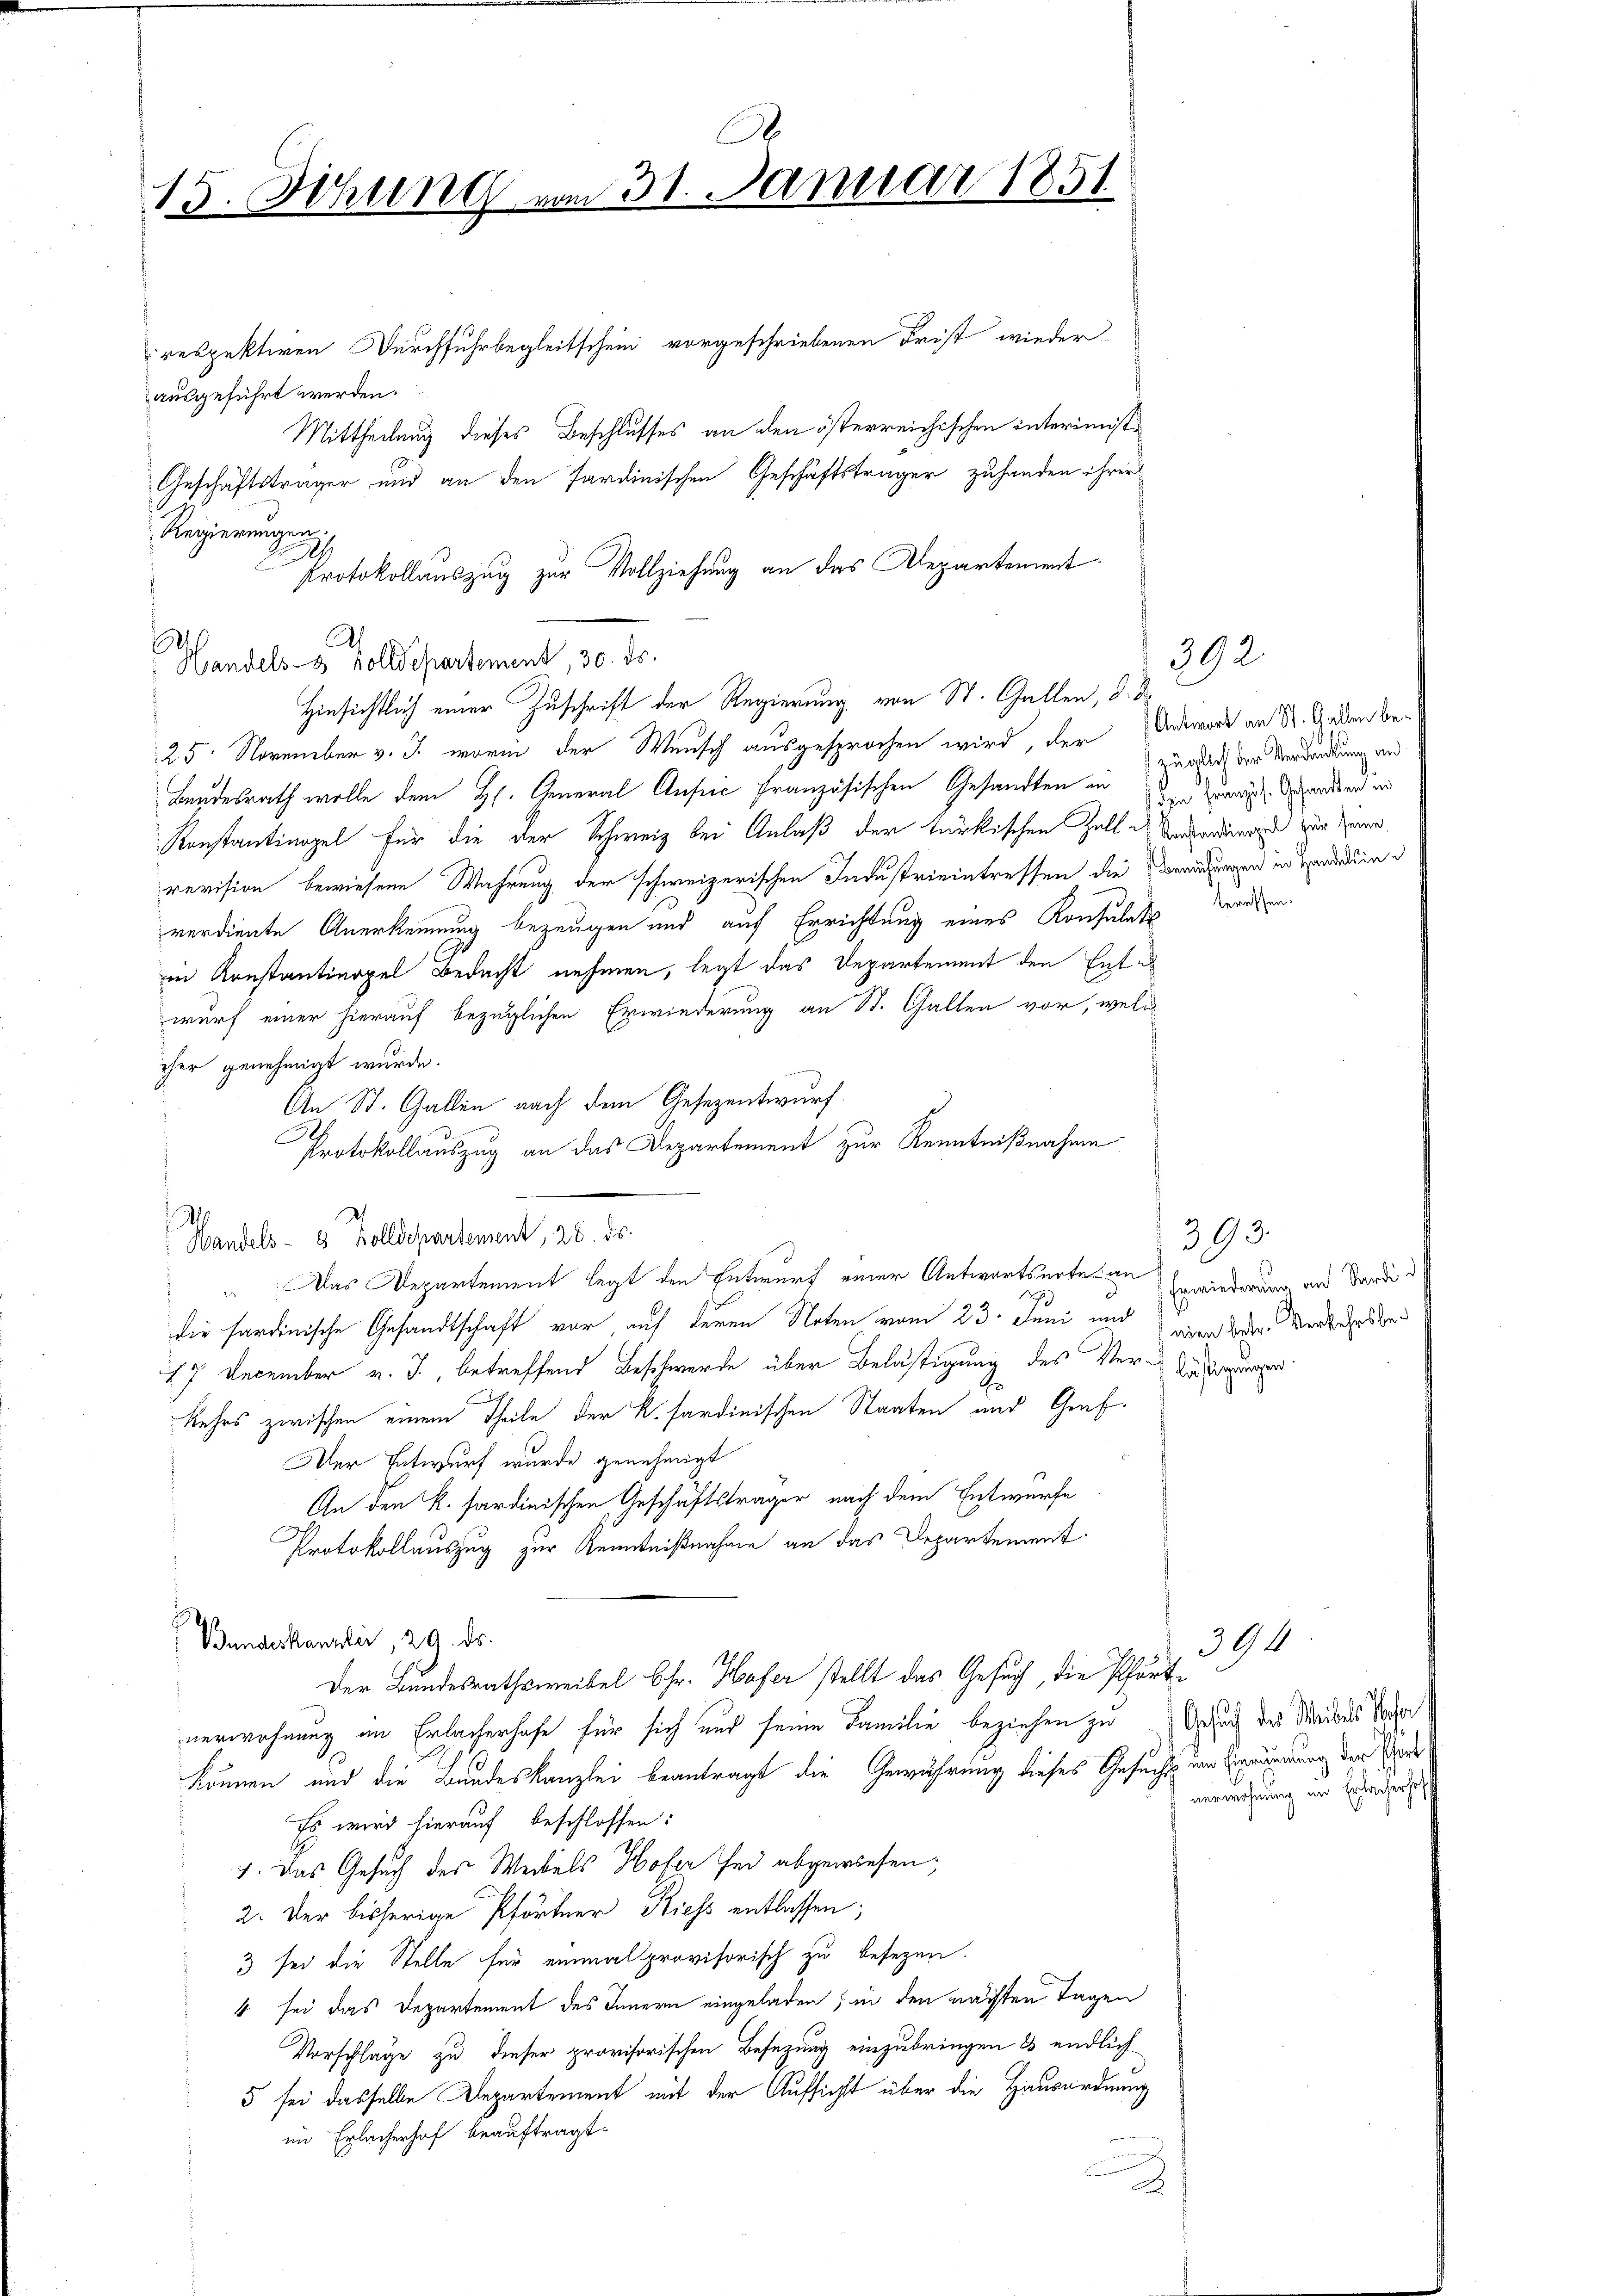
15. Sitzung

respektiven Durchfuhrbegleitschein vorgeschriebenen Frist wieder
ausgeführt werden.
Mittheilung dieses Beschlusses an den österreichischen interimiste
Geschäftsträger und an den sardinischen Geschäftsträger zuhanden ihrer
Protokollauszug zur Vollziehung an das Alepartement
Hinsichtlich einer Zuschrift der Regierung von St. Gallen, d. d.
25. November v. J. worin der Wunsch ausgesprochen wird, der Antwort an Sr. Anden be¬
Landesrath wolle dem Hs. General Ausric französischen Gesandten in der Veral-Verdien in
Konstantinopel für die der Schweiz bei Anlaß der türkischen Zell es Anwendungen zur einer
revision bewiesene Wahrung der schweizerischen Industrieintreffen die Beratungen in verdin
verdiente Anerkennung bezeugen und auf Errichtung eines Konsulats
in Konstantinopel Bedacht nehmen, legt das Departement den Ent-
wurf einer hierauf bezüglichen Erwiederung an St. Gallen vor, welc
cher genehmigt wurde.
An St. Gallen nach dem Gesezentwurf.
Protokollauszug an das Departement zur Kenntnißnahme
Handels- 2 Feldesartement, 20. Fr.
Das Departement legt den Entwurf einer Antwortserteien zuwieder an Bande
die hardinische Gesandtschaft vor, auf deren Noten vom 23. Juni und war die Verkehrste
17 December v. J., betreffend Beschwerde über Belästigung des Ver-Verfügungen
kehrs zwischen einem Theile der K. sardinischen Staaten und Graf
Der Entwurf wurde genehmigt
An den k. Sardinischen Geschäftsträger nach dem Entwurfe
Protokollauszug zur Kenntnißnahme an das Departement
Bundeskanzlei, 29. ds.
Der Bundesrathsweibel Chr. Hafer stellt das Gesuch, die Pförtnerwohnung an Erlacherhofe für sich und seine Familie beziehen zu Gesuch des Weibels Sacher
können und die Bundeskanzlei beantragt die Gewährung dieses Gesuchts im Einmündung der Ehe¬
Es wird hierauf beschlossen:
7. Das Gesuch des Weibels Hofer sei abgewiesen;
2. Der bisherige Pförtner Kiess entlassen;
3 sei die Stelle für einmal provisorisch zu besezen.
4 sei das Departement des Innern eingeladen, in den nächten Tagen
Vorschläge zu dieser provisorischen Besetzung einzubringen & endlich
5 sei dasselbe Departement mit der Aufsicht über die Hausordnung
im Erlacherhof beauftragt.
Z

Regierungen.
7
1
Handels- & Zolldepartement, 30. ds.

A
m 31. Januar 1851

392.
züglich der Verdankung an

teressen.

393.

394.
verwohnung im Erlacherhof